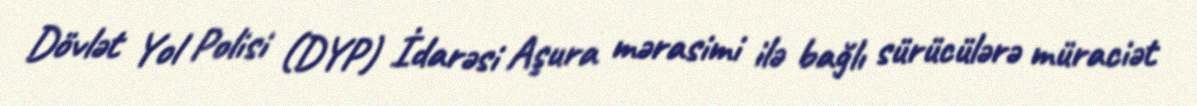
Dövlət Yol Polisi (DYP) İdarəsi Aşura mərasimi ilə bağlı sürücülərə müraciət